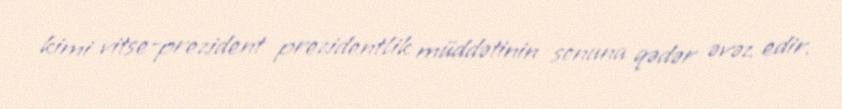
kimi vitse-prezident prezidentlik müddətinin sonuna qədər əvəz edir.